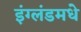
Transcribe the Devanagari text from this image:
इंग्लंडमधे